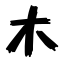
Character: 木